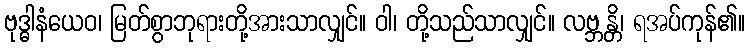
ဗုဒ္ဓါနံယေဝ၊ မြတ်စွာဘုရားတို့အားသာလျှင်။ ဝါ၊ တို့သည်သာလျှင်။ လဗ္ဘန္တိ၊ ရအပ်ကုန်၏။